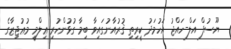
ޔޫސުފް އަލް-ހައްޖު އަހުމަދު ކީރިތި ޤުރުއާނުގައިވާ ބިމާ ގުޅުންހުރި ޢިލްމީ މުޢުޖިޒާގެ